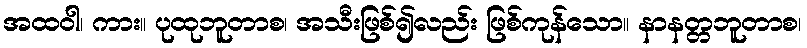
အထဝါ၊ ကား။ ပုထုဘူတာစ၊ အသီးဖြစ်၍လည်း ဖြစ်ကုန်သော။ နာနတ္တဘူတာစ၊